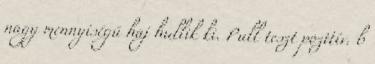
nagy mennyiségű haj hullik ki. Pull teszt pozitív. b